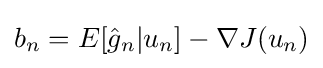
b_{n}=E[{\hat {g}}_{n}|u_{n}]-\nabla J(u_{n})